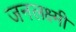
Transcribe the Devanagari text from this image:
जनलक्ष्मी